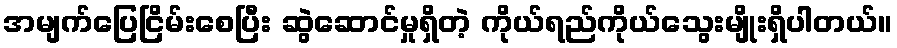
အမျက်ပြေငြိမ်းစေပြီး ဆွဲဆောင်မှုရှိတဲ့ ကိုယ်ရည်ကိုယ်သွေးမျိုးရှိပါတယ်။